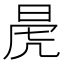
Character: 𭦁